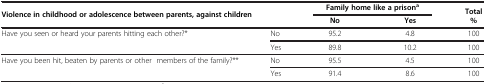
| <ROWSPAN=2-COLSPAN=2> Violence in childhood or adolescence between parents, against children | <COLSPAN=2> Family home like a prisona | <ROWSPAN=2> Total % |
 | No | Yes |
 | --- | --- | --- | --- | --- |
 | <ROWSPAN=2> Have you seen or heard your parents hitting each other?* | No | 95.2 | 4.8 | 100 |
 | Yes | 89.8 | 10.2 | 100 |
 | <ROWSPAN=2> Have you been hit, beaten by parents or other members of the family?** | No | 95.5 | 4.5 | 100 |
 | Yes | 91.4 | 8.6 | 100 |